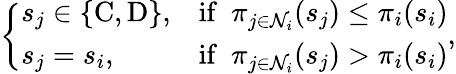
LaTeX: \left\{ \begin{array}{ll}{s_{j}\in\{ \mathrm{C},\mathrm{D}\} ,}&{\mathrm{if}~~\pi_{j\in\mathcal{N}_{i}}(s_{j})\leq\pi_{i}(s_{i})}\\ {s_{j}=s_{i},}&{\mathrm{if}~~\pi_{j\in\mathcal{N}_{i}}(s_{j})>\pi_{i}(s_{i})}\end{array}\right.,